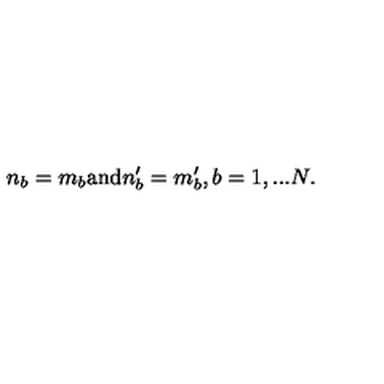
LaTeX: n _ { b } = m _ { b } \mathrm { a n d } n _ { b } ^ { \prime } = m _ { b } ^ { \prime } , b = 1 , . . . N .